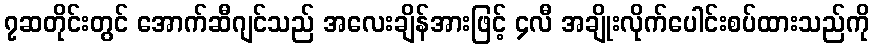
၇ဆတိုင်းတွင် အောက်ဆီဂျင်သည် အလေးချိန်အားဖြင့် ၄လီ အချိုးလိုက်ပေါင်းစပ်ထားသည်ကို